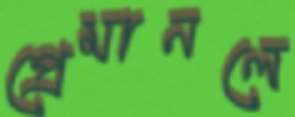
প্রেমানলে